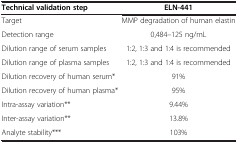
| Technical validation step | ELN-441 |
 | --- | --- |
 | Target | MMP degradation of human elastin |
 | Detection range | 0,484–125 ng/mL |
 | Dilution range of serum samples | 1:2, 1:3 and 1:4 is recommended |
 | Dilution range of plasma samples | 1:2, 1:3 and 1:4 is recommended |
 | Dilution recovery of human serum* | 91% |
 | Dilution recovery of human plasma* | 95% |
 | Intra-assay variation** | 9.44% |
 | Inter-assay variation** | 13.8% |
 | Analyte stability*** | 103% |